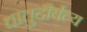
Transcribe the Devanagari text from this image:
धातुदौर्बल्य